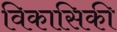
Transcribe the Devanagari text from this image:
विकासिकी